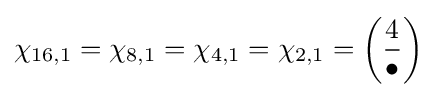
\chi _{16,1}=\chi _{8,1}=\chi _{4,1}=\chi _{2,1}=\left({\frac {4}{\bullet }}\right)